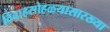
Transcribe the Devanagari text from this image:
विवाहसोहळ्यासारख्या